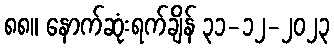
၈၈။ နောက်ဆုံးရက်ချိန် ၃၁-၁၂-၂၀၂၃